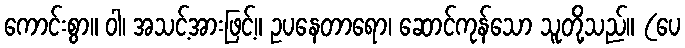
ကောင်းစွာ။ ဝါ၊ အသင့်အားဖြင့်။ ဥပနေတာရော၊ ဆောင်ကုန်သော သူတို့သည်။ (ပေ